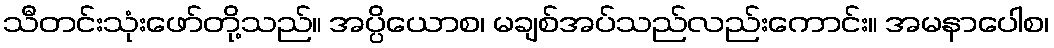
သီတင်းသုံးဖော်တို့သည်။ အပ္ပိယောစ၊ မချစ်အပ်သည်လည်းကောင်း။ အမနာပေါစ၊